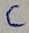
Text: C